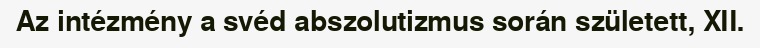
Az intézmény a svéd abszolutizmus során született, XII.